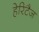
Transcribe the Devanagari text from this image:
हेरिटैज